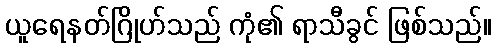
ယူရေနတ်ဂြိုဟ်သည် ကုံ၏ ရာသီခွင် ဖြစ်သည်။